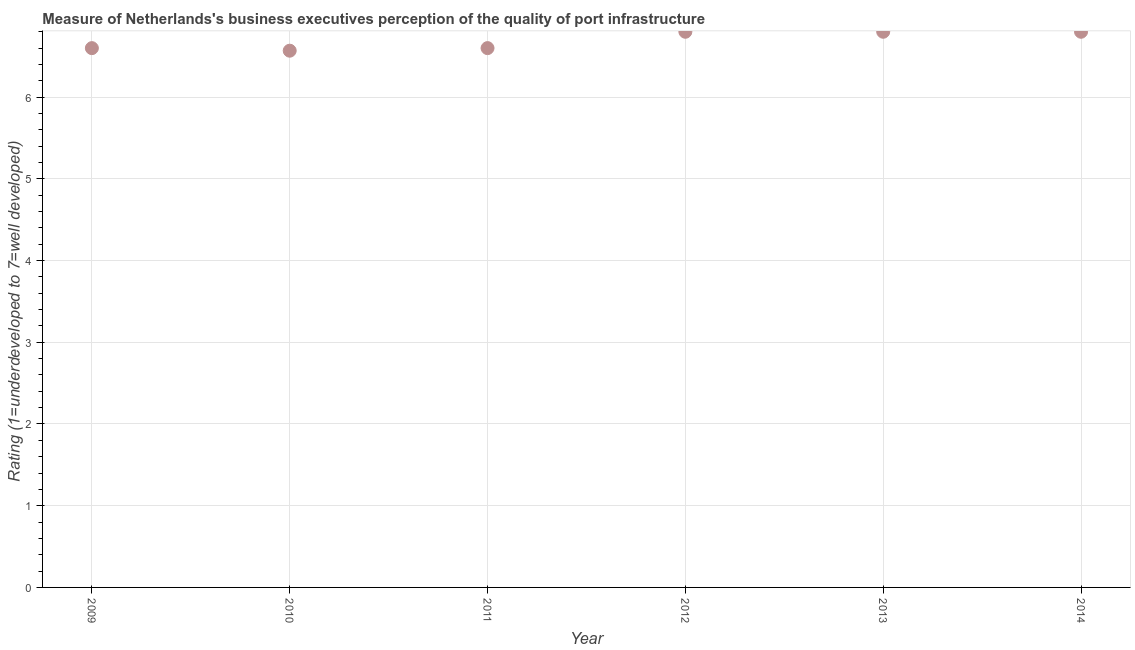
| Year | Quality of port infrastructure |
 | --- | --- |
 | 2009 | 6.6 |
 | 2010 | 6.57 |
 | 2011 | 6.6 |
 | 2012 | 6.8 |
 | 2013 | 6.8 |
 | 2014 | 6.8 |